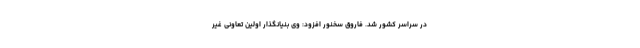
در سراسر کشور شد. فاروق سخنور افزود: وی بنیانگذار اولین تعاونی غیر